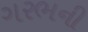
ગરભની